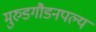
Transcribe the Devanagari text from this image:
मुरुडगौडनपल्य